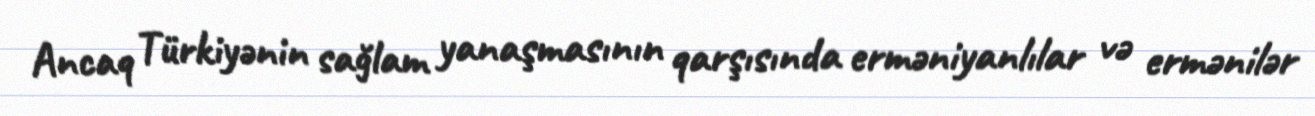
Ancaq Türkiyənin sağlam yanaşmasının qarşısında erməniyanlılar və ermənilər